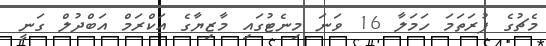
މެޗުގެ ފުރަތަމަ ހަމަލާ 16 ވަނަ މިނެޓުގައި މާޒިޔާގެ އަކްރަމް އަބްދުލް ގަނީ